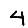
Digit: 4